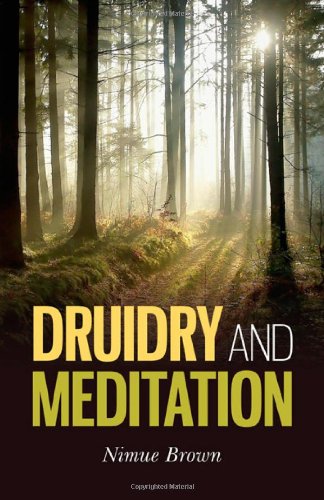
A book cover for Druidry and Meditation; Nimue Brown; Religion & Spirituality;